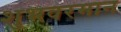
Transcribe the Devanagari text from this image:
शुभवरमान